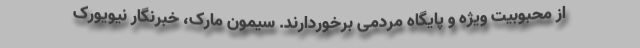
از محبوبیت ویژه و پایگاه مردمی برخوردارند. سیمون مارک، خبرنگار نیویورک